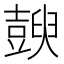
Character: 𧰇